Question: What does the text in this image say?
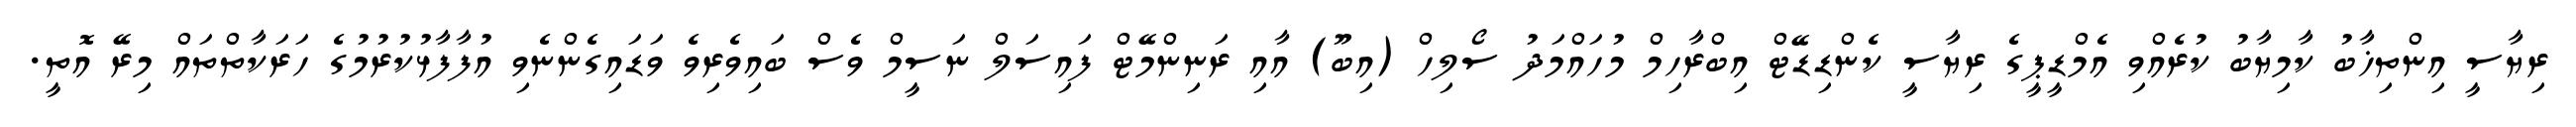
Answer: ރިޔާސީ އިންތިޚާބު ކާމިޔާބު ކުރެއްވި އެމްޑީޕީގެ ރިޔާސީ ކެންޑިޑޭޓް އިބްރާހިމް މުހައްމަދު ސޯލިހް (އިބޫ) އާއި ރަނިންމޭޓް ފައިސަލް ނަސީމް ވެސް ބައިވެރިވެ ވަޑައިގެންނެވި އުފާފާޅުކުރުމުގެ ހަރަކާތްތައް މިރޭ އޮތީ.